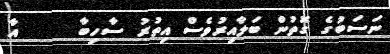
ނަސަބުގެ ގޮތުން ބަލާއިރުވެސް އިތުރު ސާހިބާ     އާ